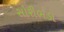
સોરીભડા